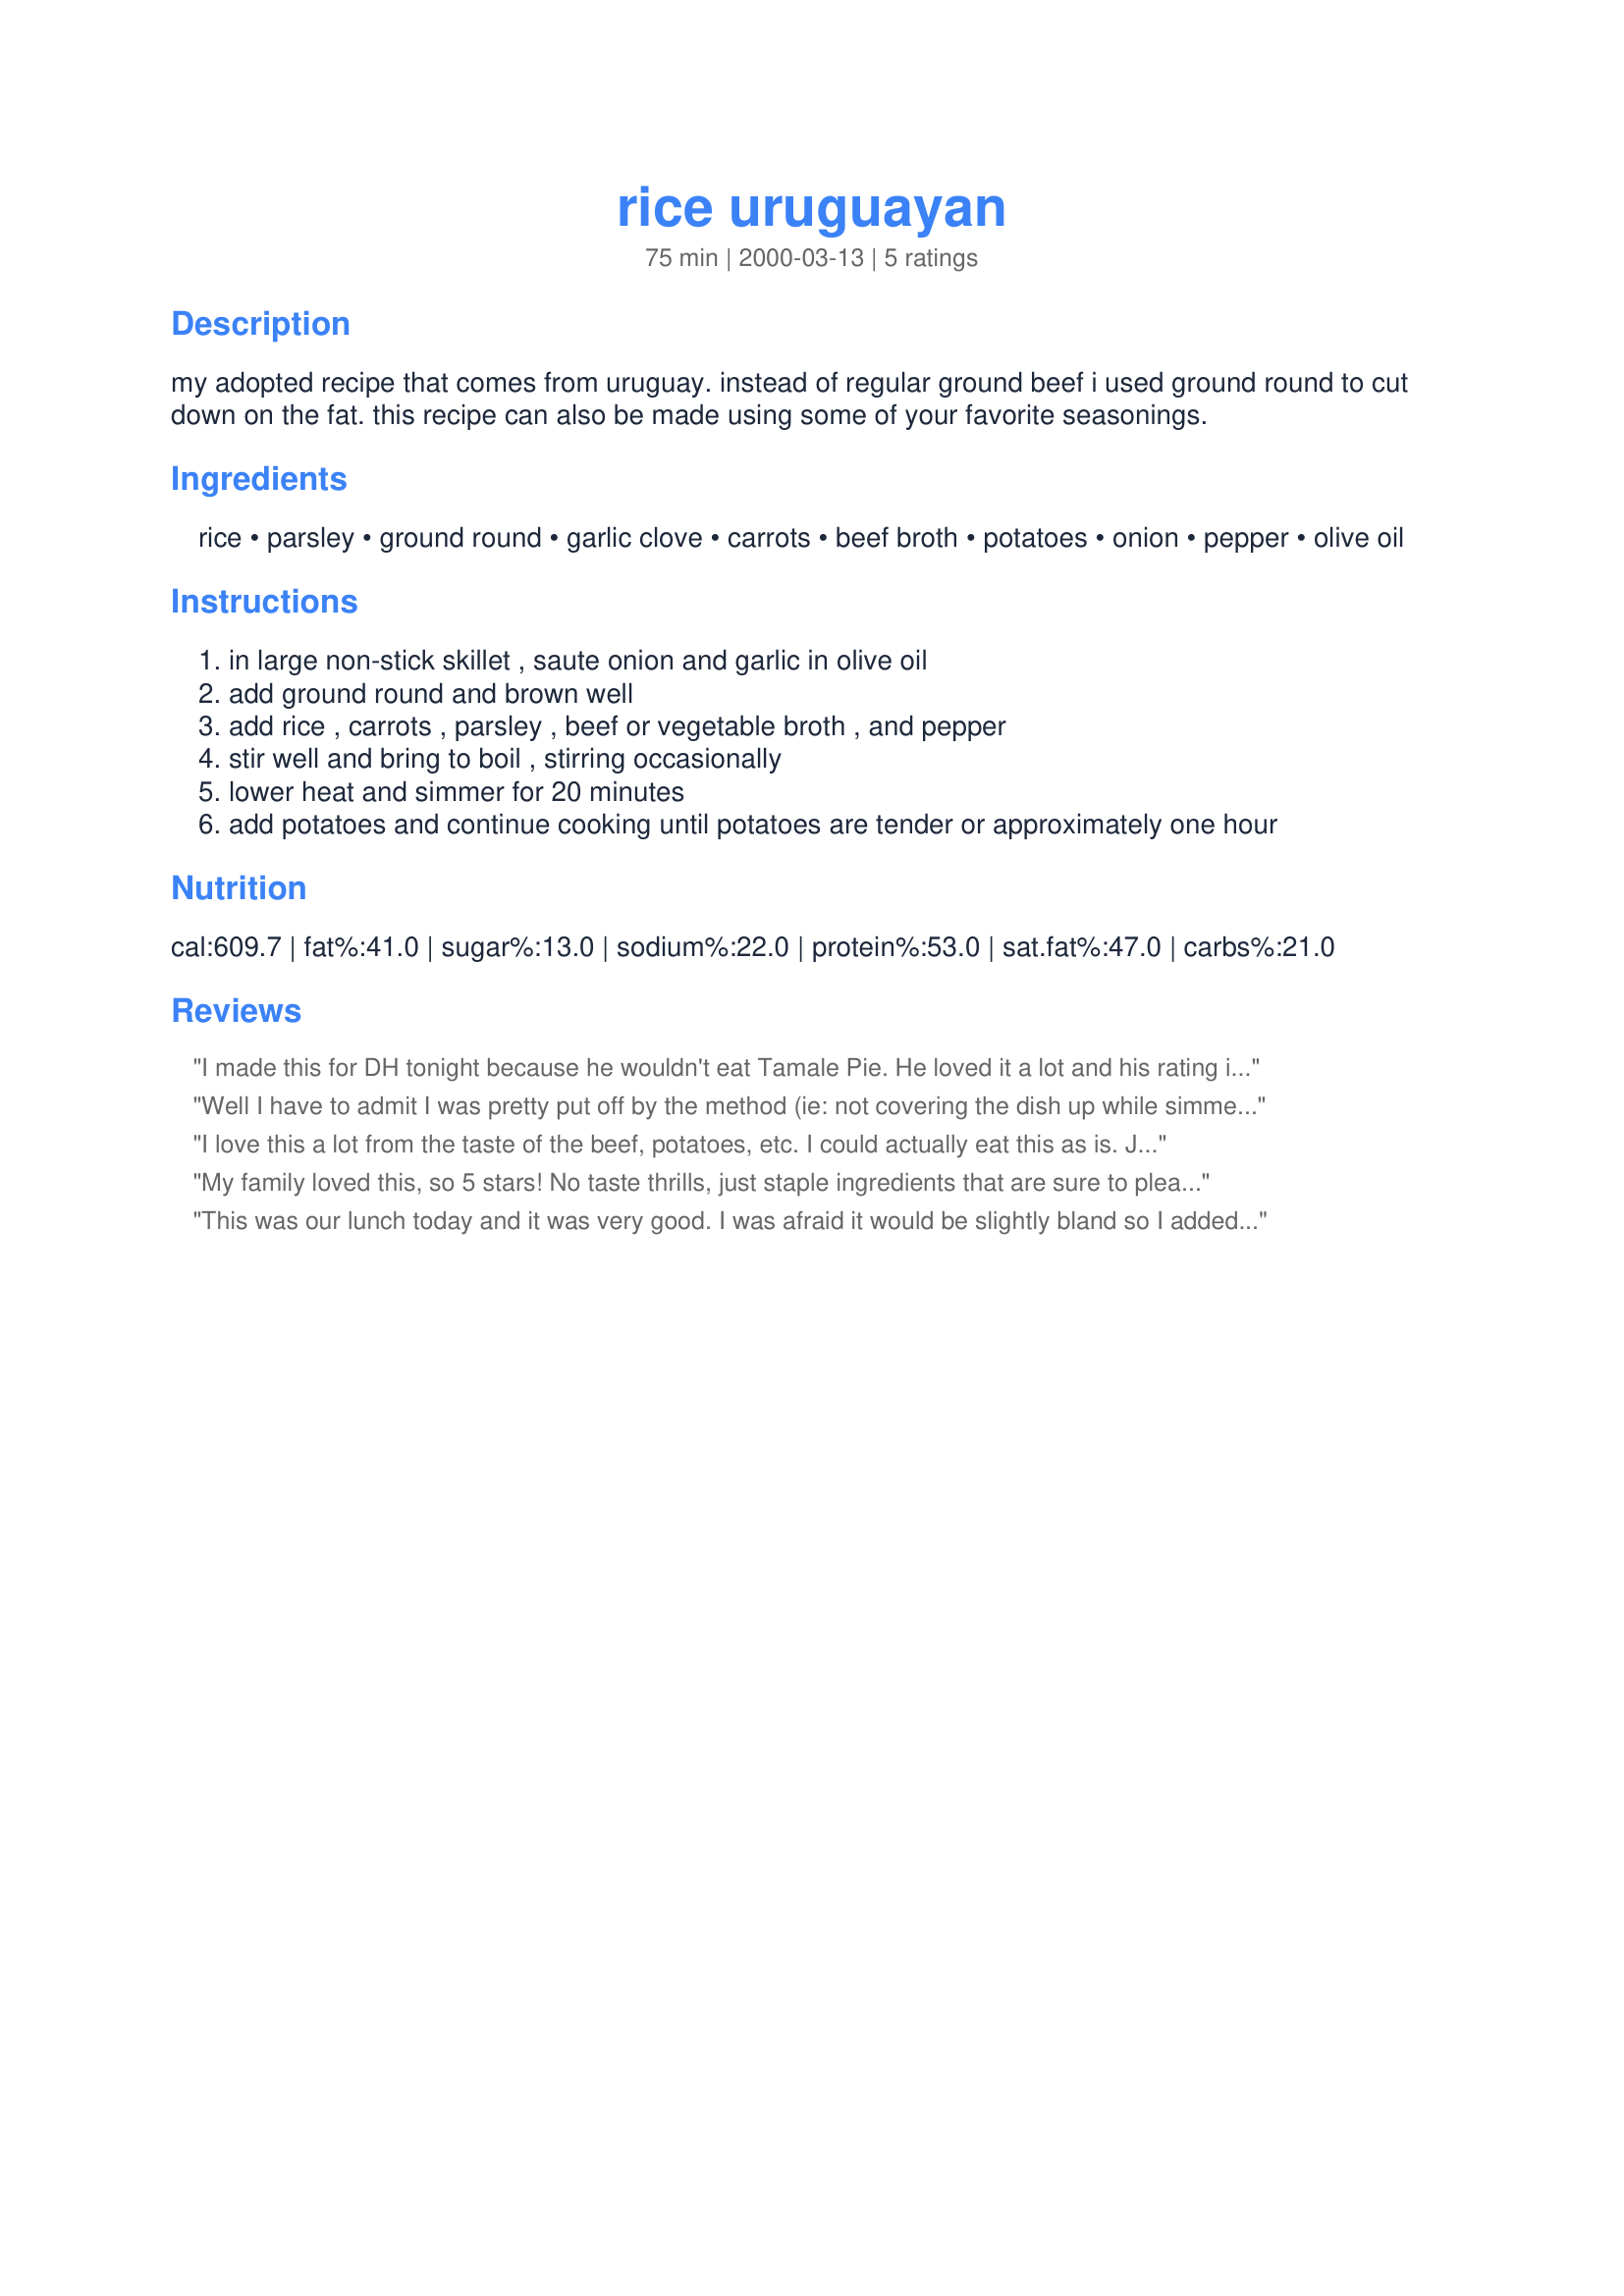
rice uruguayan
Preparation time: 75 minutes

my adopted recipe that comes from uruguay. instead of regular ground beef i used ground round to cut down on the fat. this recipe can also be made using some of your favorite seasonings.

Ingredients:
rice, parsley, ground round, garlic clove, carrots, beef broth, potatoes, onion, pepper, olive oil

Steps:
in large non-stick skillet , saute onion and garlic in olive oil
add ground round and brown well
add rice , carrots , parsley , beef or vegetable broth , and pepper
stir well and bring to boil , stirring occasionally
lower heat and simmer for 20 minutes
add potatoes and continue cooking until potatoes are tender or approximately one hour

Reviews:
I made this for DH tonight because
he wouldn't eat Tamale Pie. He loved it a lot and his rating is 5 stars. I made a half recipe and that came out just fine, I did need to add a bit more broth about 3/4 of the way through, that was nothing serious. It's easy to make and husband approved. We are both happy with this.
Well I have to admit I was pretty put off by the method (ie: not covering the dish up while simmering) and the combination of rice AND potatoes. Very good dish though, surprisingly peppery too! I must note I cubed my potatoes into 1" cubes and only needed to be cooked for 1/2 hour. My only complaint was that the dish was a little dry, seemed to need a sauce of some sort. Not sure what I'd use though, maybe low-fat sour cream. Also, to anyone making this, during the hour cook time be mindful of stirring about every 5 min. and a non-stick pan is a must. This was a definate do-again though I'll be eating this all week for lunch! Another example of very few ingredients making a wonderful meal, sometimes less IS more! :) Thx for the recipe Lauralie!
I love this a lot from the taste of the beef, potatoes, etc. I could actually eat this as is. Just added more water and had the diced boiled potatoes done beforehand to cut down on the extra cooking time. Covered it for some extra few minutes too but no biggie. :D Thanks, Lauralie! Made for WZT4.
My family loved this, so 5 stars! No taste thrills, just staple ingredients that are sure to please in combination. I used vegetarian "ground round" and extra garlic. I'd love to try it with some chili powder! Thanks!
This was our lunch today and it was very good. I was afraid it would be slightly bland so I added more garlic and some cayenne. I did cover the last 10 minutes because my rice did not seem to be doing much and it was perfectly cooked. This will be wonderful with fried eggs in the morning. Thank you Lauralie41!
